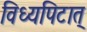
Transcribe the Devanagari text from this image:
विध्यपिटात्